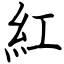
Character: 紅